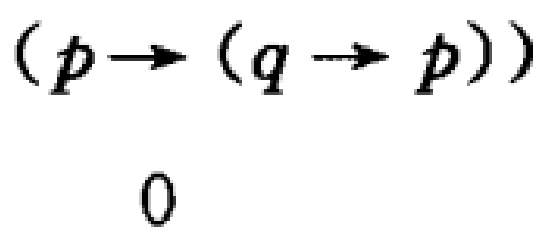
\((p\rightarrow (q\rightarrow p))\)
0